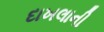
દાખલાની